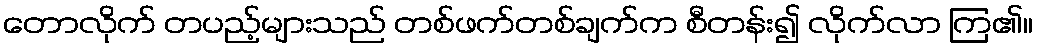
တောလိုက် တပည့်များသည် တစ်ဖက်တစ်ချက်က စီတန်း၍ လိုက်လာ ကြ၏။